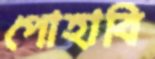
পোহাবি